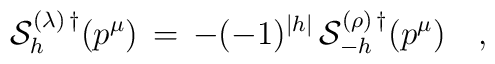
{\cal S}^{(\lambda)\,\dagger}_h(p^\mu)\,=\,-(-1)^{|h|}\,{\cal S}^{(\rho)\,\dagger}_{-h}(p^\mu)\quad,